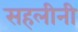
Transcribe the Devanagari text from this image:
सहलीनी